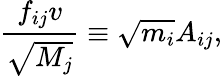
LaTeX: {\frac{f_{ij}v}{\sqrt{M_{j}}}}\equiv\sqrt{m_{i}}A_{ij},